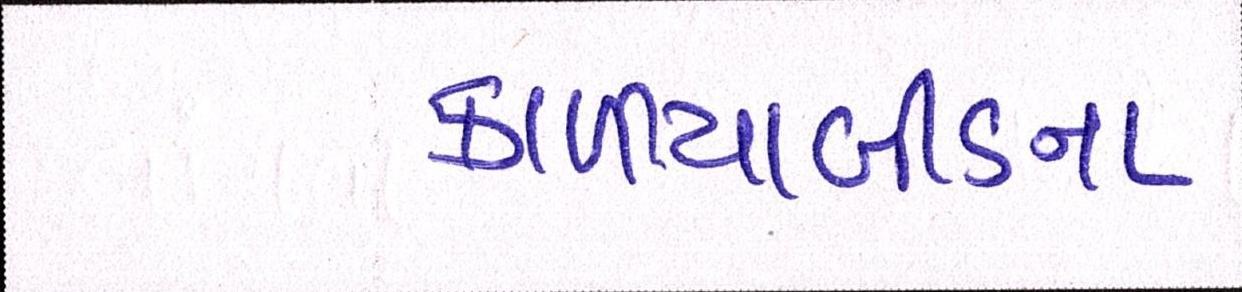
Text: કાળીયાબીડના